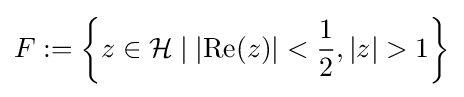
F:=\left\{z\in {\mathcal {H}}\mid \left|\operatorname {Re} (z)\right|<{\frac {1}{2}},|z|>1\right\}